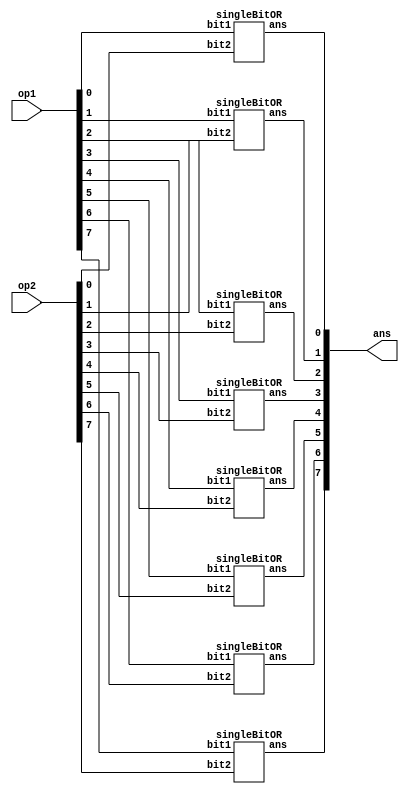
/*
    PereraALHE
    E16275
    lab5 part 1
    OR module
*/

module orModule(op1, op2, ans);
    input [7:0] op1, op2;
    output [7:0] ans;

    //inputs will be 8bit op1 and op2 then ans will be the output 8bit wire
    singleBitOR or0(op1[0], op2[0], ans[0]);
    singleBitOR or1(op1[1], op2[1], ans[1]);
    singleBitOR or2(op1[2], op2[2], ans[2]);
    singleBitOR or3(op1[3], op2[3], ans[3]);
    singleBitOR or4(op1[4], op2[4], ans[4]);
    singleBitOR or5(op1[5], op2[5], ans[5]);
    singleBitOR or6(op1[6], op2[6], ans[6]);
    singleBitOR or7(op1[7], op2[7], ans[7]);

endmodule

//-------------------------------------------------------------------------------
//Single bit Or module
module singleBitOR(bit1, bit2, ans);
    input bit1, bit2;
    output reg ans;

    always @ (bit1, bit2)
    begin
        //And eeach two input bits and fetch to ans
        ans = bit1 | bit2;
    end
endmodule